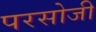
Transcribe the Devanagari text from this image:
परसोजी